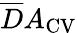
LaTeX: \overline{{D}}A_{\mathrm{{CV}}}